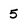
Character: 5